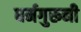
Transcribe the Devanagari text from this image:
धर्मगुरूनी